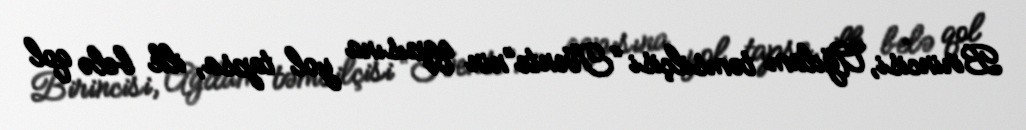
Birincisi, Ağdam təmsilçisi “Tvente”nin qapısına yol tapsa, ilk belə qol